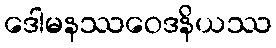
ဒေါမနဿဝေဒနိယဿ